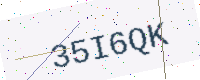
Text: 35I6QK